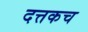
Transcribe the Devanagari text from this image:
दत्तकच